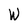
Character: W